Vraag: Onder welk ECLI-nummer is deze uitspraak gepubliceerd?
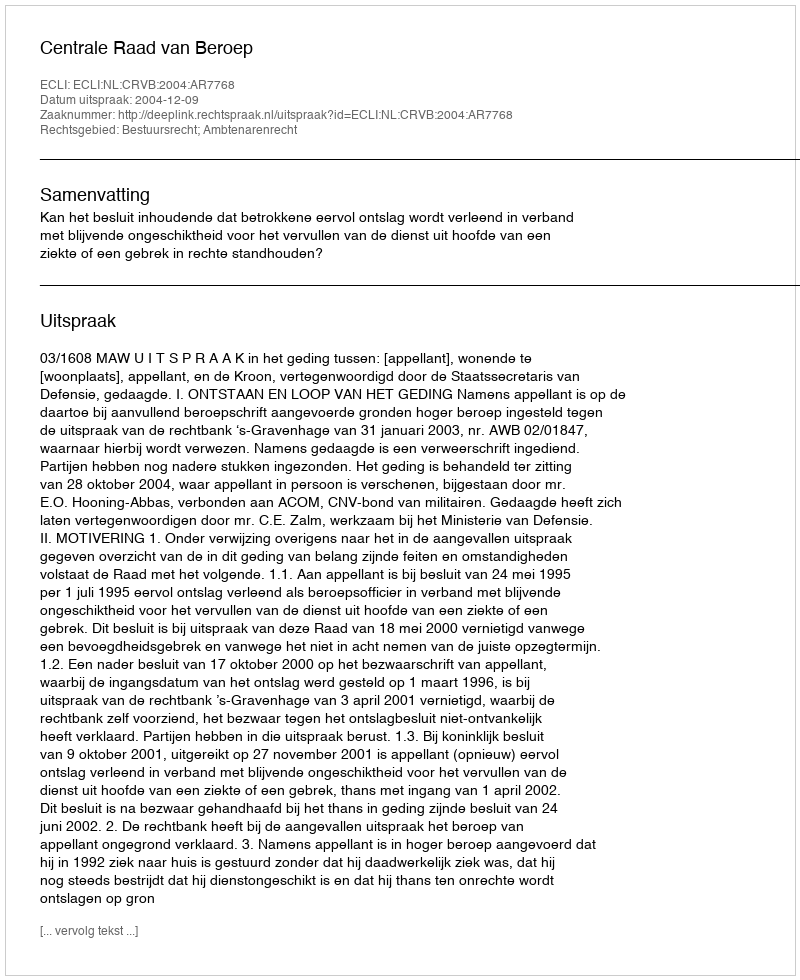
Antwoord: ECLI:NL:CRVB:2004:AR7768